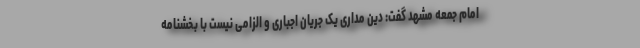
امام جمعه مشهد گفت: دین مداری یک جریان اجباری و الزامی نیست با بخشنامه